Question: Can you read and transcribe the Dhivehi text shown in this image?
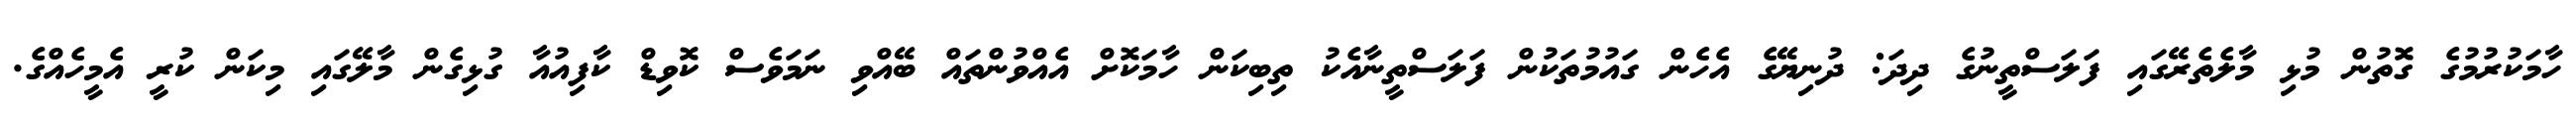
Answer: ހާމަކުރުމުގެ ގޮތުން މުޅި މާލެތެރޭގައި ފަލަސްތީނުގެ ދިދަ: ދުނިޔޭގެ އެހެން ގައުމުތަކުން ފަލަސްތީނާއެކު ތިބިކަން ހާމަކޮށް އެއްވުންތައް ބޭއްވި ނަމަވެސް ކޮވިޑް ކާފިއުއާ ގުޅިގެން މާލޭގައި މިކަން ކުރީ އެމީހެއްގެ.